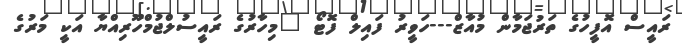
ރައީސް އޮފީހުގެ ތަރުޖަމާން މުއާޒް---ހަވީރު ފައިލް ފޮޓޯ "މިހާރުގެ ރައީސުލްޖުމްހޫރިއްޔާ އަކީ މަރުގެ